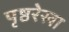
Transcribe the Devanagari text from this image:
पृष्ठरेखा